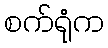
စက်ရုံက